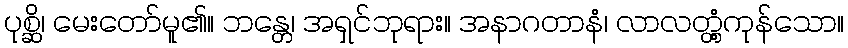
ပုစ္ဆိ၊ မေးတော်မူ၏။ ဘန္တေ၊ အရှင်ဘုရား။ အနာဂတာနံ၊ လာလတ္တံ့ကုန်သော။